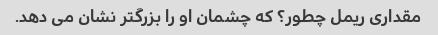
مقداری ریمل چطور؟ که چشمان او را بزرگتر نشان می دهد.